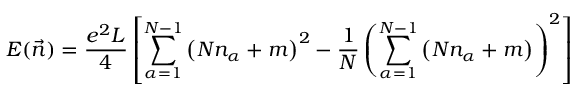
E ( \vec { n } ) = \frac { e ^ { 2 } L } { 4 } \left[ \sum _ { \alpha = 1 } ^ { N - 1 } \left( N n _ { \alpha } + m \right) ^ { 2 } - \frac { 1 } { N } \left( \sum _ { \alpha = 1 } ^ { N - 1 } \left( N n _ { \alpha } + m \right) \right) ^ { 2 } \right]